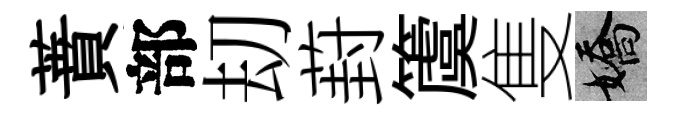
蕡部刧葑𥵂隻嬌